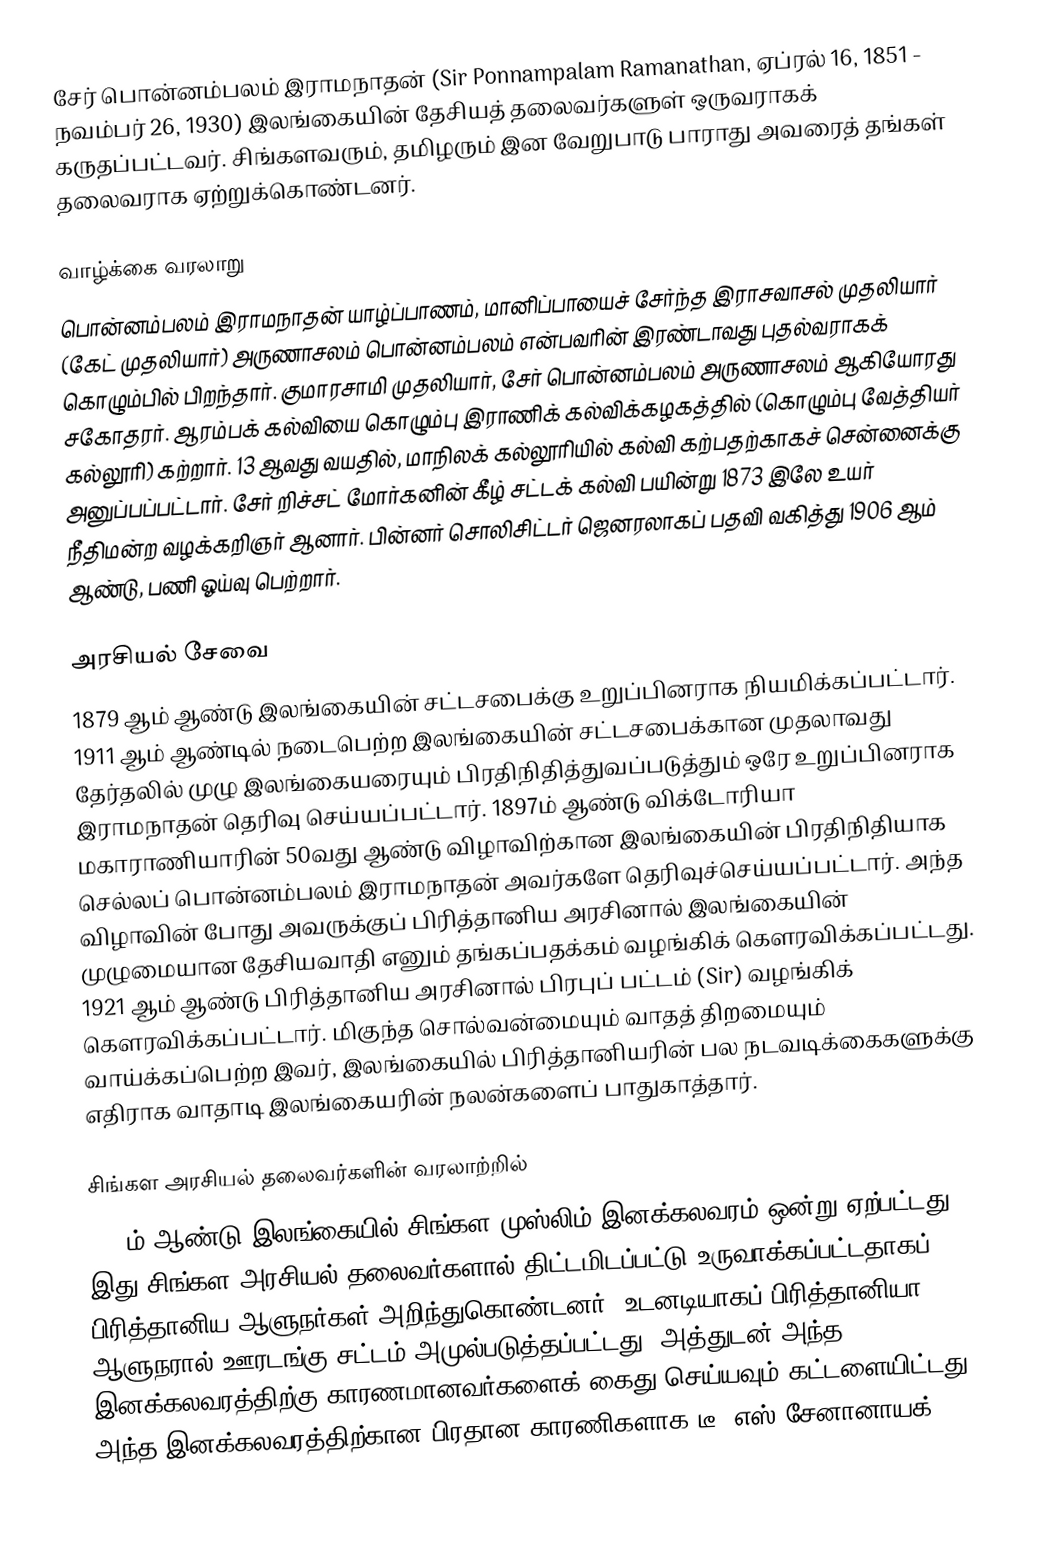
சேர் பொன்னம்பலம் இராமநாதன் (Sir Ponnampalam Ramanathan, ஏப்ரல் 16, 1851 - நவம்பர் 26, 1930) இலங்கையின் தேசியத் தலைவர்களுள் ஒருவராகக் கருதப்பட்டவர். சிங்களவரும், தமிழரும் இன வேறுபாடு பாராது அவரைத் தங்கள் தலைவராக ஏற்றுக்கொண்டனர்.

வாழ்க்கை வரலாறு
பொன்னம்பலம் இராமநாதன் யாழ்ப்பாணம், மானிப்பாயைச் சேர்ந்த இராசவாசல் முதலியார் (கேட் முதலியார்) அருணாசலம் பொன்னம்பலம் என்பவரின் இரண்டாவது புதல்வராகக் கொழும்பில் பிறந்தார். குமாரசாமி முதலியார், சேர் பொன்னம்பலம் அருணாசலம் ஆகியோரது சகோதரர். ஆரம்பக் கல்வியை கொழும்பு இராணிக் கல்விக்கழகத்தில் (கொழும்பு வேத்தியர் கல்லூரி) கற்றார். 13 ஆவது வயதில், மாநிலக் கல்லூரியில் கல்வி கற்பதற்காகச் சென்னைக்கு அனுப்பப்பட்டார். சேர் றிச்சட் மோர்கனின் கீழ் சட்டக் கல்வி பயின்று 1873 இலே உயர் நீதிமன்ற வழக்கறிஞர் ஆனார். பின்னர் சொலிசிட்டர் ஜெனரலாகப் பதவி வகித்து 1906 ஆம் ஆண்டு, பணி ஓய்வு பெற்றார்.

அரசியல் சேவை
1879 ஆம் ஆண்டு இலங்கையின் சட்டசபைக்கு உறுப்பினராக நியமிக்கப்பட்டார். 1911 ஆம் ஆண்டில் நடைபெற்ற இலங்கையின் சட்டசபைக்கான முதலாவது தேர்தலில் முழு இலங்கையரையும் பிரதிநிதித்துவப்படுத்தும் ஒரே உறுப்பினராக இராமநாதன் தெரிவு செய்யப்பட்டார். 1897ம் ஆண்டு விக்டோரியா மகாராணியாரின் 50வது ஆண்டு விழாவிற்கான இலங்கையின் பிரதிநிதியாக செல்லப் பொன்னம்பலம் இராமநாதன் அவர்களே தெரிவுச்செய்யப்பட்டார். அந்த விழாவின் போது அவருக்குப் பிரித்தானிய அரசினால் இலங்கையின் முழுமையான தேசியவாதி எனும் தங்கப்பதக்கம் வழங்கிக் கௌரவிக்கப்பட்டது. 1921 ஆம் ஆண்டு பிரித்தானிய அரசினால் பிரபுப் பட்டம் (Sir) வழங்கிக் கௌரவிக்கப்பட்டார். மிகுந்த சொல்வன்மையும் வாதத் திறமையும் வாய்க்கப்பெற்ற இவர், இலங்கையில் பிரித்தானியரின் பல நடவடிக்கைகளுக்கு எதிராக வாதாடி இலங்கையரின் நலன்களைப் பாதுகாத்தார்.

சிங்கள அரசியல் தலைவர்களின் வரலாற்றில்
1915ம் ஆண்டு இலங்கையில் சிங்கள-முஸ்லிம் இனக்கலவரம் ஒன்று ஏற்பட்டது. இது சிங்கள அரசியல் தலைவர்களால் திட்டமிடப்பட்டு உருவாக்கப்பட்டதாகப் பிரித்தானிய ஆளுநர்கள் அறிந்துகொண்டனர். உடனடியாகப் பிரித்தானியா ஆளுநரால் ஊரடங்கு சட்டம் அமுல்படுத்தப்பட்டது. அத்துடன் அந்த இனக்கலவரத்திற்கு காரணமானவர்களைக் கைது செய்யவும் கட்டளையிட்டது. அந்த இனக்கலவரத்திற்கான பிரதான காரணிகளாக டீ. எஸ் சேனானாயக்